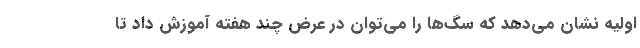
اولیه نشان می‌دهد که سگ‌ها را می‌توان در عرض چند هفته آموزش داد تا